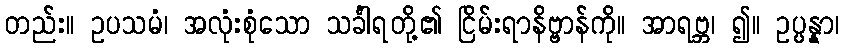
တည်း။ ဥပသမံ၊ အလုံးစုံသော သင်္ခါရတို့၏ ငြိမ်းရာနိဗ္ဗာန်ကို။ အာရဗ္ဘ၊ ၍။ ဥပ္ပန္နာ၊